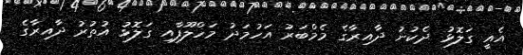
އެއީ ގަލޮޅު ދެކުނު ދާއިރާގެ މެމްބަރު އަހުމަދު މަހްލޫފާއި ގަލޮޅު އުތުރު ދާއިރާގެ